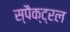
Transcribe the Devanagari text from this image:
स्पैक्ट्रल